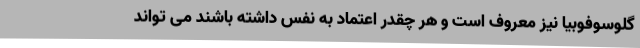
گلوسوفوبیا نیز معروف است و هر چقدر اعتماد به نفس داشته باشند می تواند